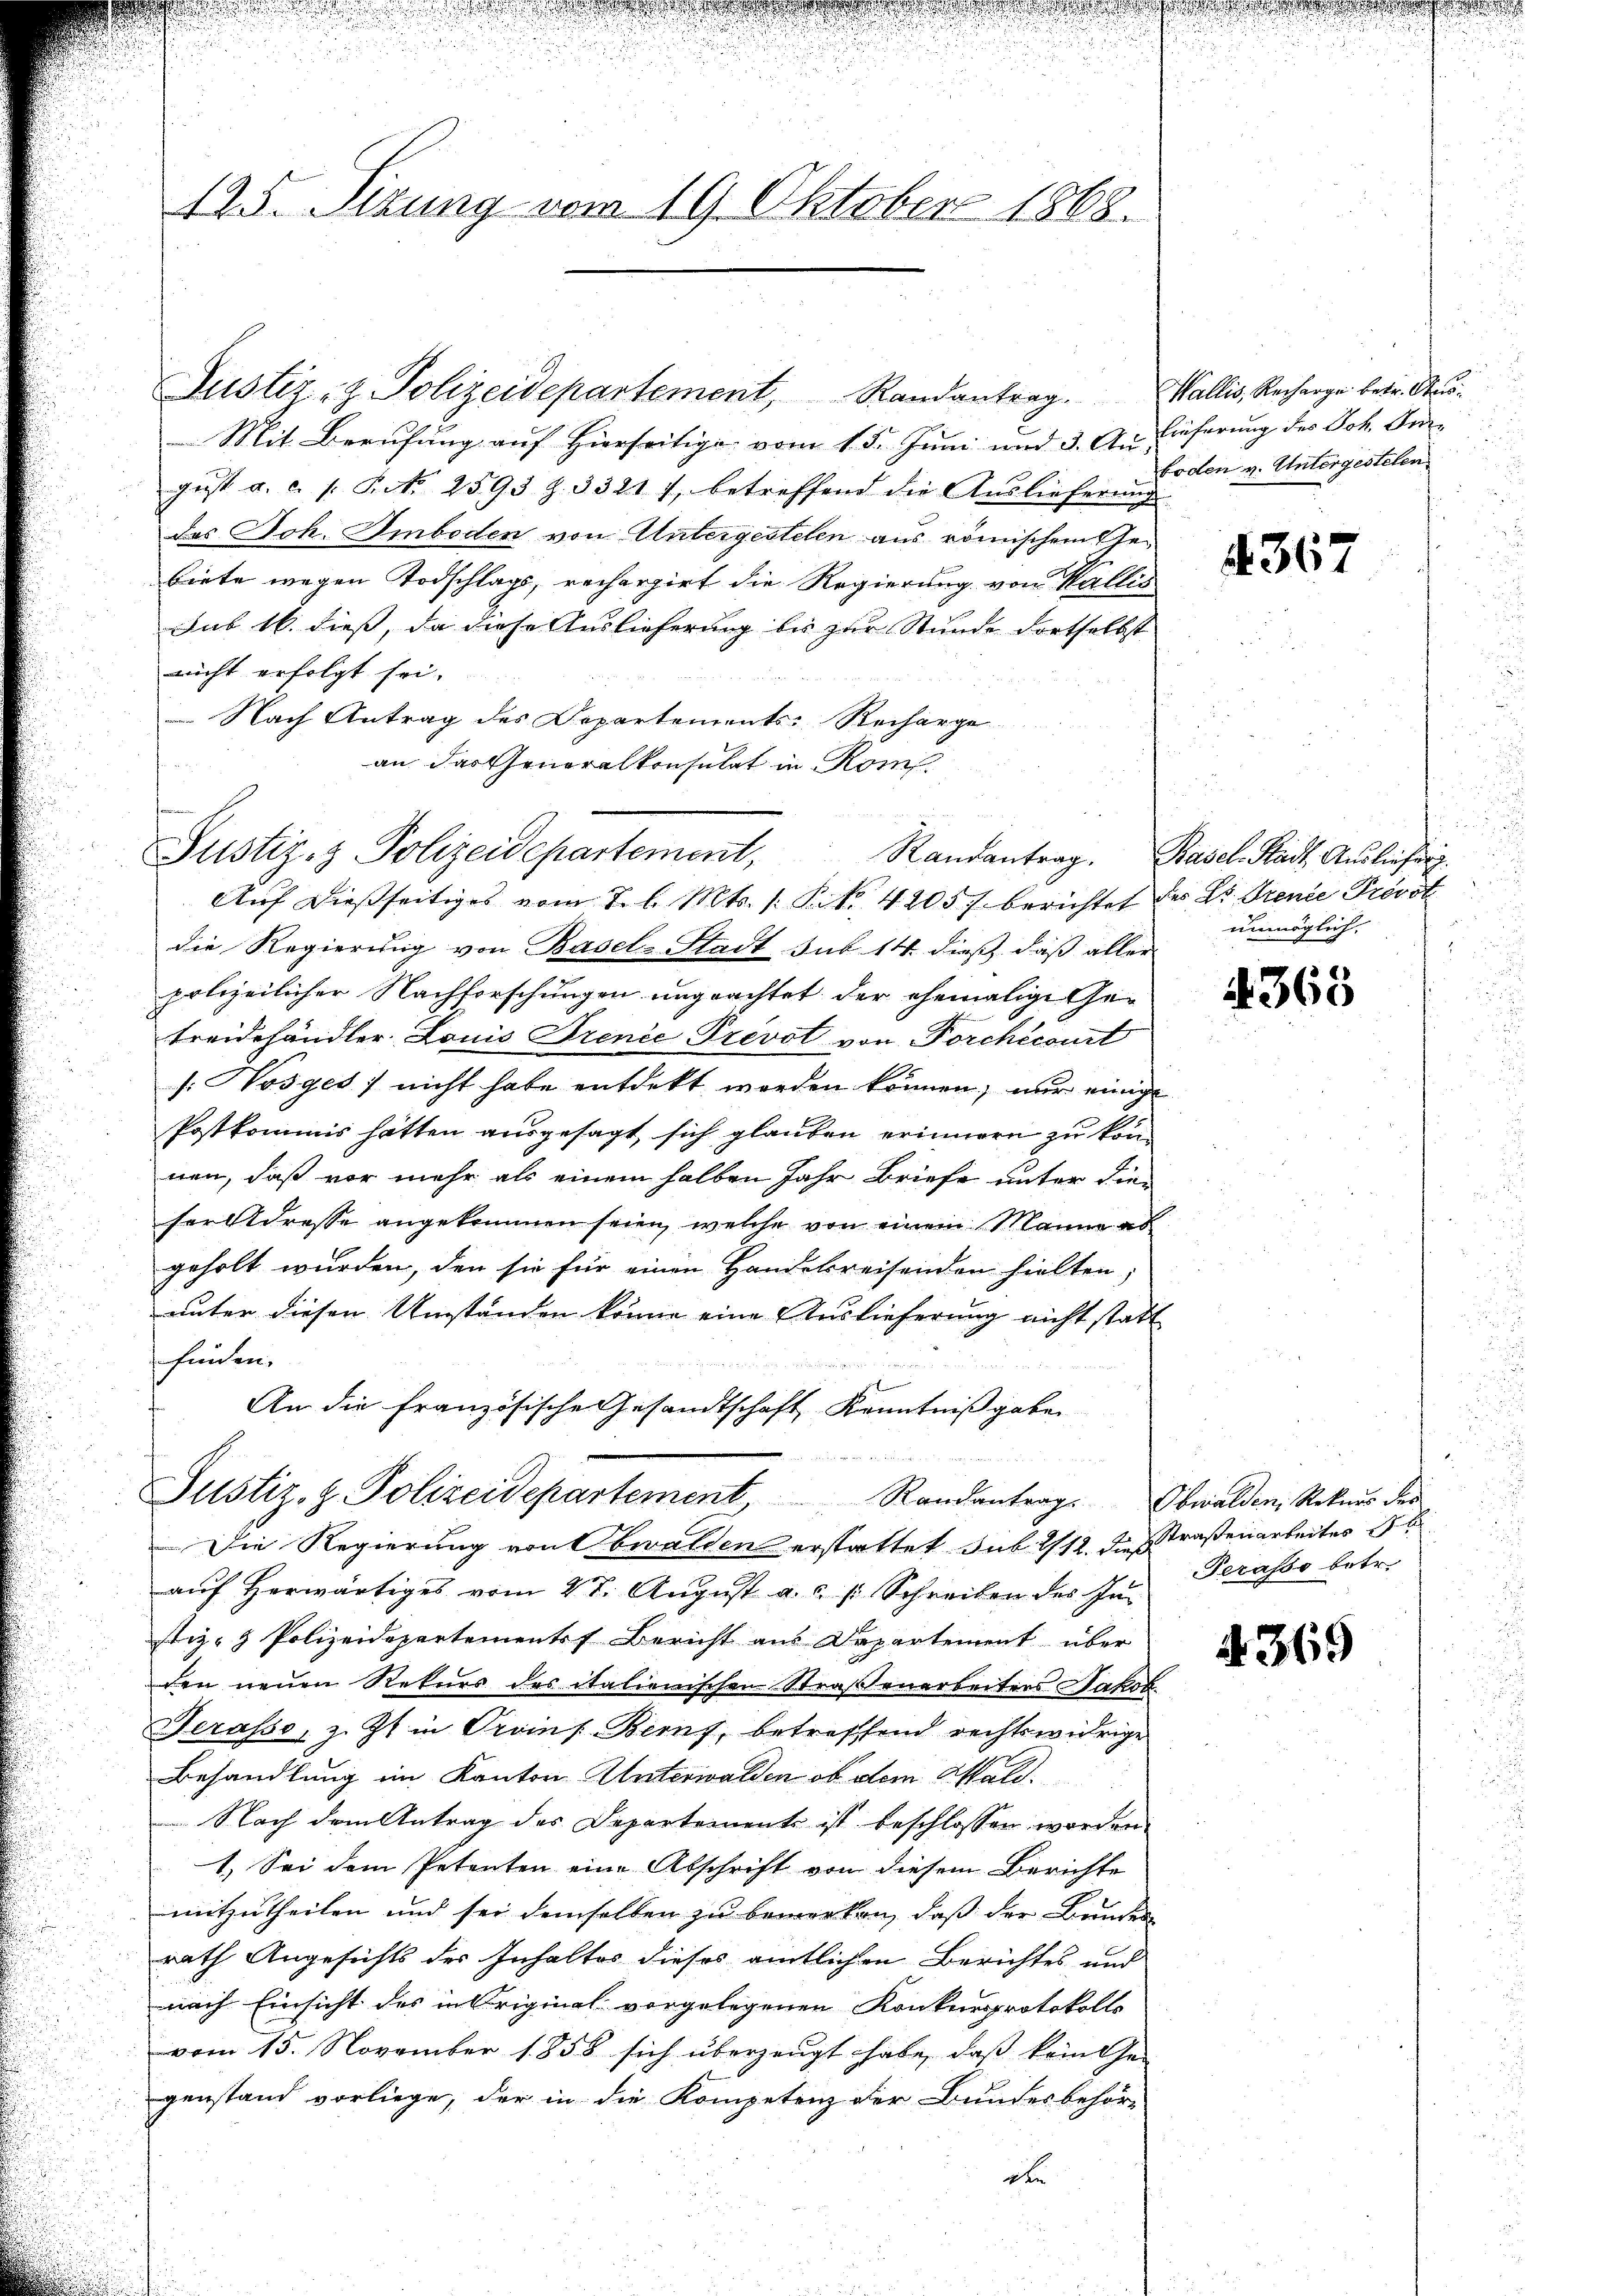
425. Sizung vom 19. Oktober 1868.

Justiz- & Polizeidepartement, Randantrag. Wallis, Recharge betr. Au¬
Mit Berufung auf Hierseitige vom 15. Juni und 3. An Lieferung des Joh. Furgust a. c. s. Art. 2593 Z. 33217, betreffend die Auslieferung
des Joh. Imboden von Untergestelen aus römischen Gebiete wegen Todschlags, rechergirt die Regierung von Wallis
Sub 16. dieß, da diese Auslieferung bis zur Stunde dortselbst
nicht erfolgt sei.
 Nach Antrag des Departements-Recharge
an das Generalkonsulat in Rom.

Justiz & Polizeidepartement,

Justiz- & Polizeidepartement, Randantrag. Obwalden, Rekurs der

boden v. Untergestelen

Auf dießseitiges vom 2. l. Mts. 1. P. Nr. 4205 f. berichtet der Dr. Grenze Provol
die Regierung von Basel-Stadt sub. 14. dieß, dass aller
polizeilicher Nachforschungen ungeachtet der ehemalige Getreidehändler Louis Trence Prevot von Forchécourt
s: Vosges; nicht habe entdekt worden können; nur einige
Postkommis hätten ausgesagt, sich glauben erinnern zu kön-
nen, daß vor mehr als einem halben Jahr Briefe unter die¬
Forstrasse angekommen seien, welche von einem Manne ab
geholt wurden, den sie für einen Handekreisenden hielten,
unter diesen Umständen könne eine Auslieferung nicht statt
shausen.
An die Französische Gesandtschaft Kenntnißgaben
Die Regierung von Obwalden erstattet sub 1/12. desstraßenarbeites
auf Herwärtiges vom 27. August a.c. s. Schreiben des In-
stiz- & Polizeidepartements Bericht aus Departement über
den neuen Rekurs des italienischen Straßenarbeiters Jakob
Serasso, z. Zt. in Orvins Bern, betreffend rechtswidrige
Behandlung im Kanton Unterwalden ob dem Wald¬
Nach dem Antrag des Departements ist beschlossen worden
1.) Sei dem Petenten eine Abschrift von diesem Berichte
mitzutheilen und sei demselben zu bemerken, daß der Bundes
rath Angesichts des Inhaltes dieses amtlichen Berichtes und
nach Einsicht des in Original vorgelegenen Konkursprotokolls
vom 15. November 1858 sich überzeugt habe, daß keinthe
genstand vorliege, der in die Kompetenz der Bundesbehör-
den

4367

Randantrag. Basel-Stadt Ausliefiig.
unmöglich,
2

4363

Perasso betr.

§ 369